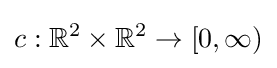
c:\mathbb {R} ^{2}\times \mathbb {R} ^{2}\to [0,\infty )